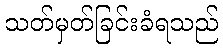
သတ်မှတ်ခြင်းခံရသည်